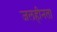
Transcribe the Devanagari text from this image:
जलहीनता